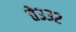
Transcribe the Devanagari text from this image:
ते३३२